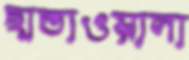
ছাতাওয়ালা